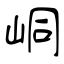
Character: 峒